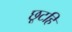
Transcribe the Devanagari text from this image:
छूटहि